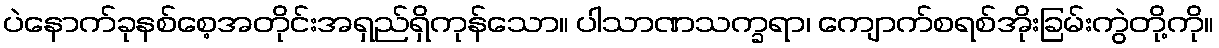
ပဲနောက်ခုနစ်စေ့အတိုင်းအရှည်ရှိကုန်သော။ ပါသာဏသက္ခရာ၊ ကျောက်စရစ်အိုးခြမ်းကွဲတို့ကို။